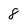
Character: 8